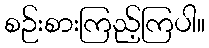
စဉ်းစားကြည့်ကြပါ။